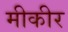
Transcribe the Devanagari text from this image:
मीकीर